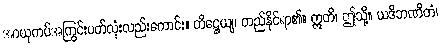
အာယုကပ်အကြွင်းပတ်လုံးလည်းကောင်း။ တိဋ္ဌေယျ၊ တည်နိုင်ရာ၏။ ဣတိ၊ ဤသို့။ ယဒိဘဏိတံ၊